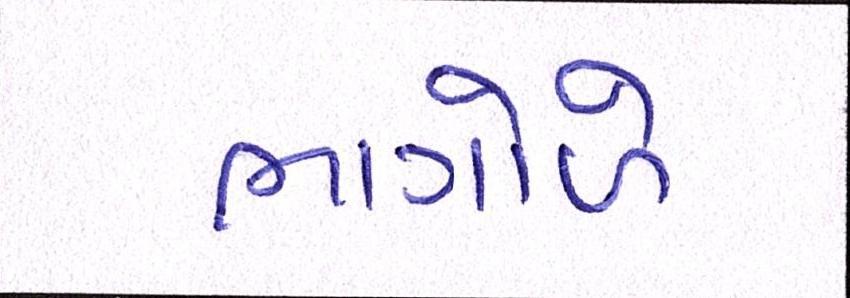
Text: ભાગોળે